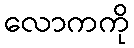
လောကကို